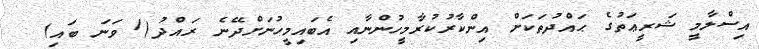
އިސްލާމީ ޝަރީޢަތުގެ ޙައްދުތަކަށް އިންކާރުކުރާމީހުންނާއި އެބައިމީހުނަށްދޭނެ ރައްދު(1 ވަނަ ބައި)